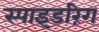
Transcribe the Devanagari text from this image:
स्पाइडरिंग